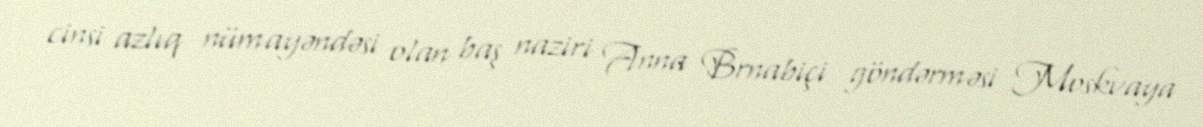
cinsi azlıq nümayəndəsi olan baş naziri Anna Brnabiçi göndərməsi Moskvaya